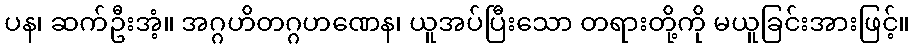
ပန၊ ဆက်ဦးအံ့။ အဂ္ဂဟိတဂ္ဂဟဏေန၊ ယူအပ်ပြီးသော တရားတို့ကို မယူခြင်းအားဖြင့်။